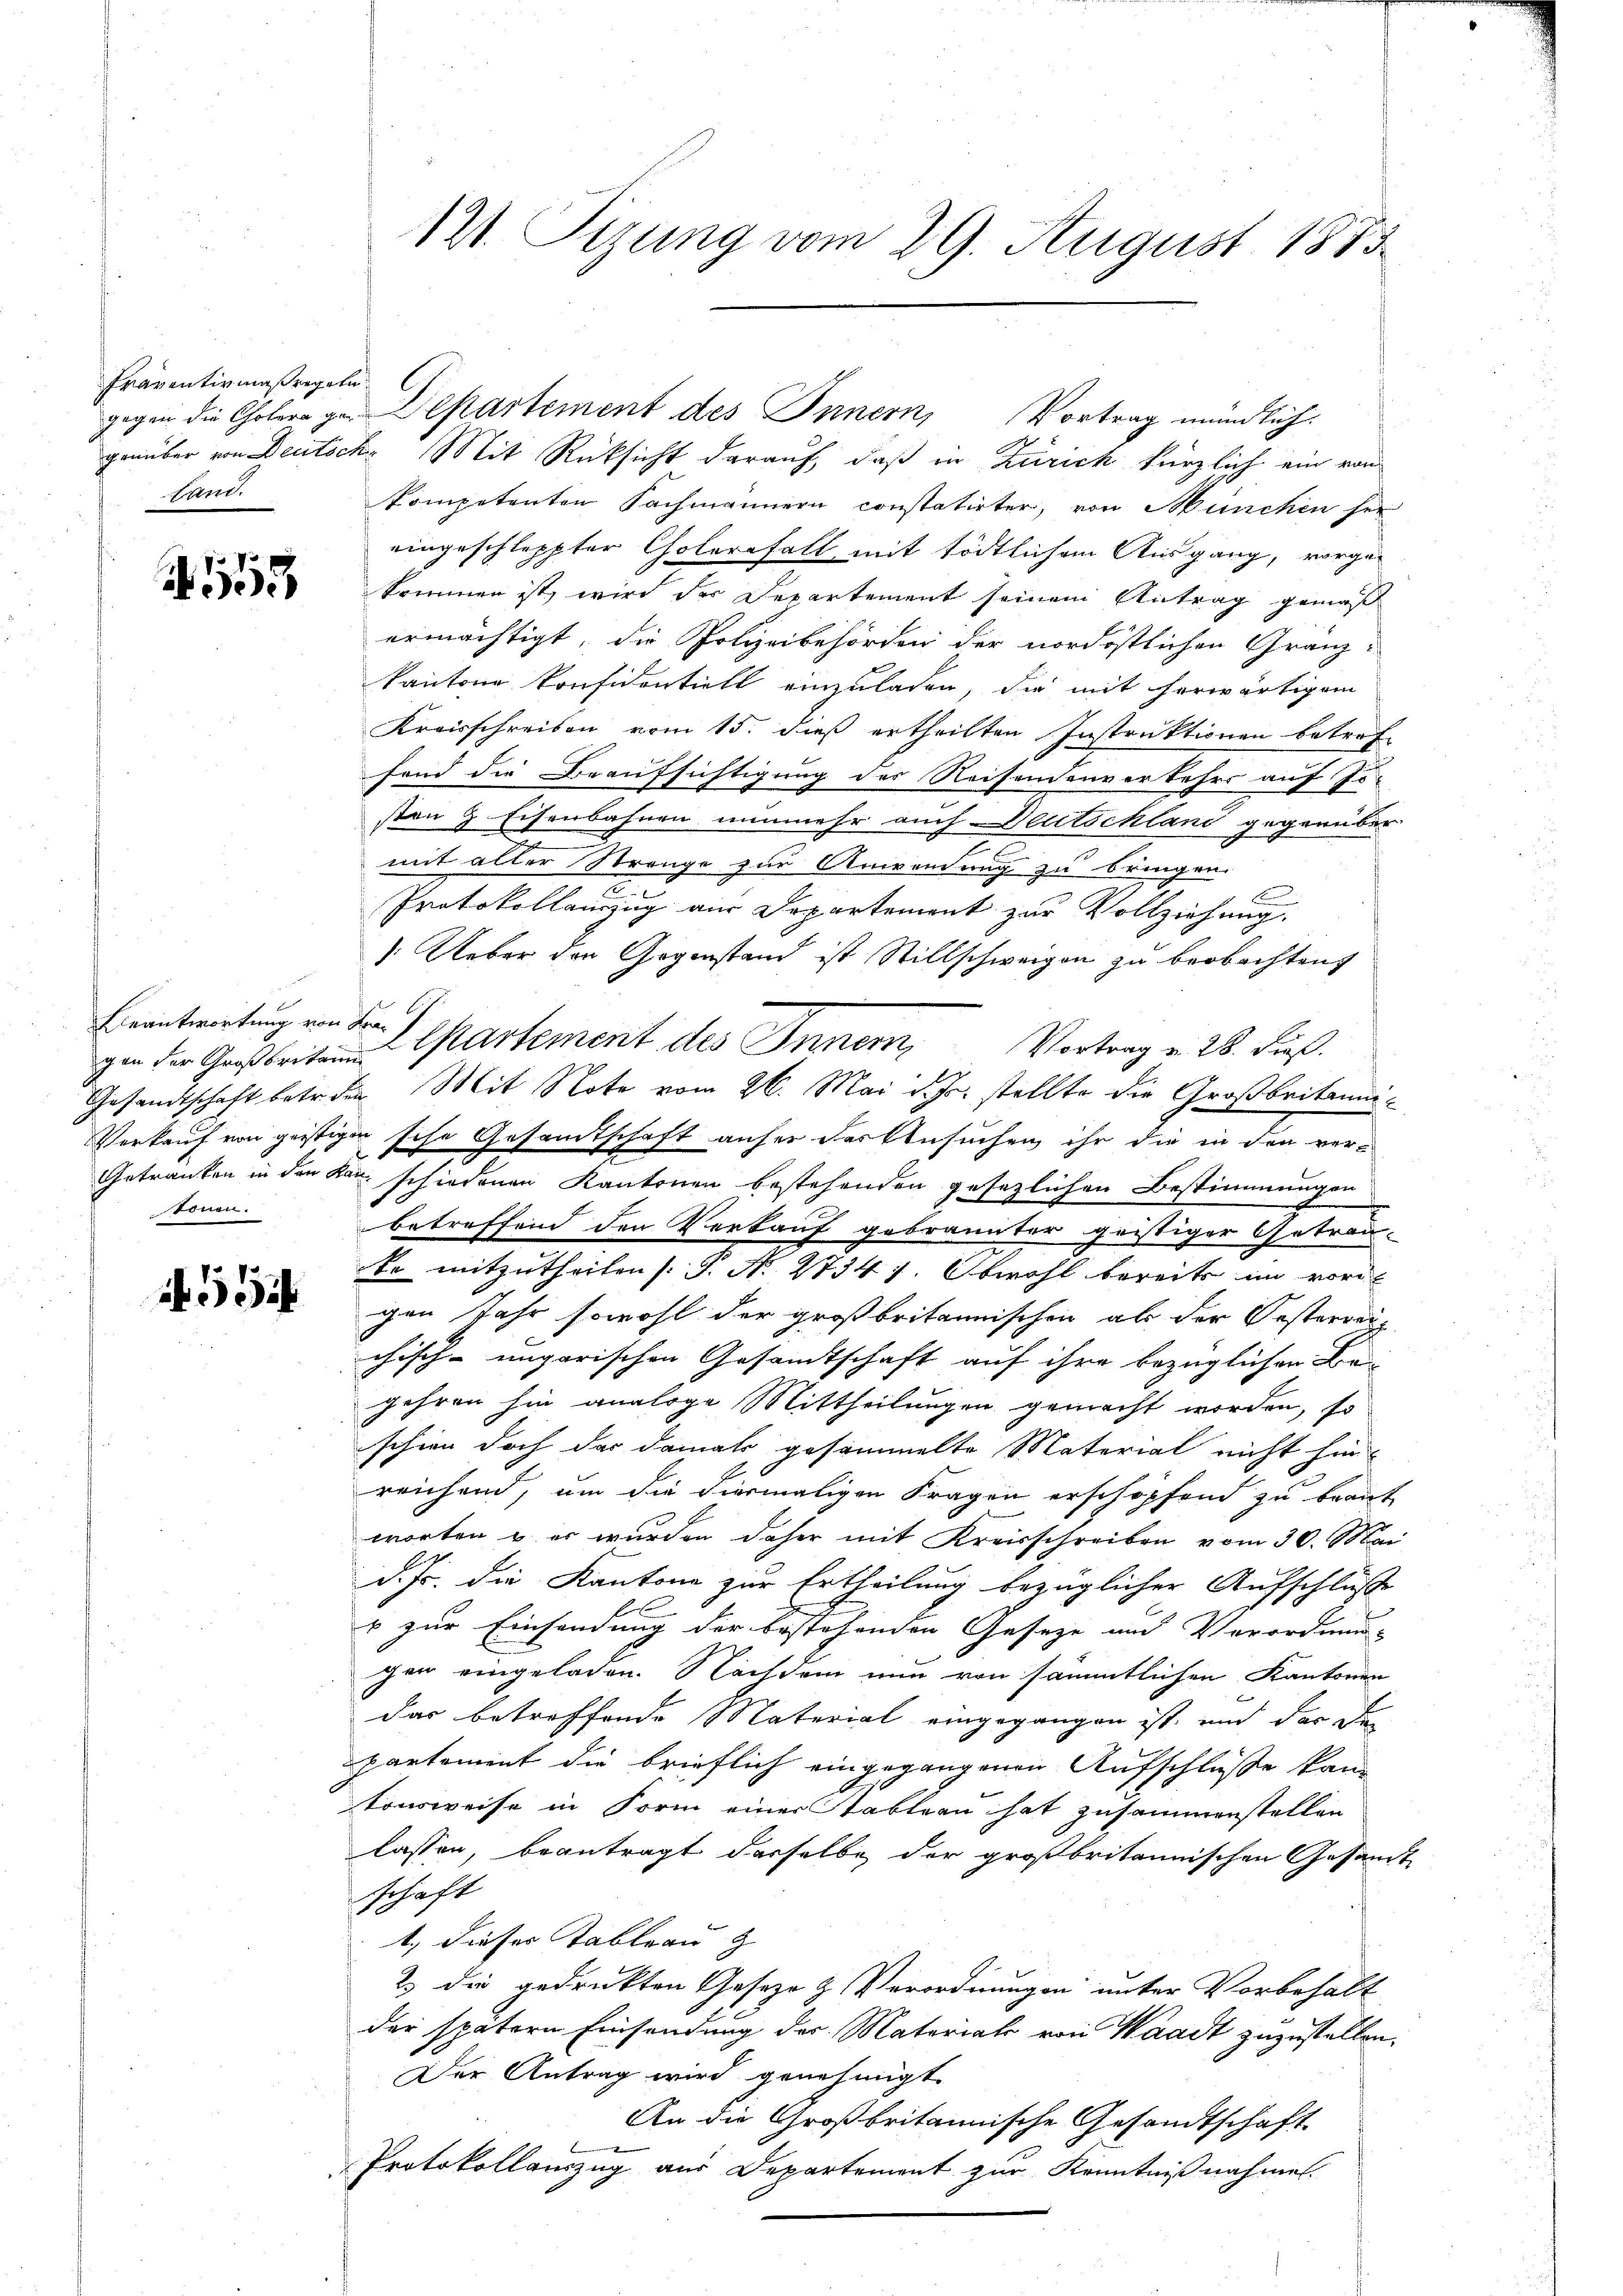
Präventivmaßregeta
Sert.

1113

Beantwortung von Fratönen.

55

gegen die Cholerage Departement des Innern, Vortrag mündlich.
genüber von Deutsche Mit Rücksicht darauf, daß in Zürich kürzlich ein von
kompetenten Sachmännern constatirter, von München her
eingeschleppter Cholernfall mit tödtlichem Ausgang, vorge-
kommen ist, wird der Departement seinem Antrag gemäß
ermächtigt, die Polizeibehörden der nordöstlichen Gränzkantone konfidentiell einzuladen, die mit herwärtigem
Kreisschreiben vom 15. dieß ertheilten Instruktionen betref
fond die Beaufsichtigung des Reisendenverkehrs auf Josten 3 Eisenbahnen nunmehr auch Deutschland gegenüber
mit aller Strange zur Anwendung zu bringen.

Protokollauszug aus Departement zur Vollziehung
Ueber den Gegenstand ist Stillschweigen zu beobachten
G
Gesandtschaft betr. den Mit Note vom 26. Mai d. Js. stellte die Großbritan¬
Verkauf von geistigen sche Gesamtschaft anser Ferkbesuchen ihr die in den ver¬
Getränken in den kan schiedenen Kantonen bestehenden gesezlichen Bestimmungen
betreffend den Verkauf gebrannter geistiger Getrau-
te mitzutheilen (: J. N. 2734 1. Obwohl bereits im vor
gen Jahr sowohl der großbritannischen als der Oesterreichisch-ungarischen Gesandtschaft auf ihre bezüglichen Be
gehren hin analoge Mittheilungen gemacht worden, so
schien doch das damals gesammelte Material nicht hin-
reichend, um die hiermaligen Fragen erschöpfend zu beant
worten u. er wurden daher mit Kreisschreiben vom 30. Mai
d. Js. die Kantone zur Ertheilung bezüglicher Aufschluße
& zur Einsendung der bestehenden Geseze und Verordnung
gen eingeladen. Nachdem nun von sämmtlichen Kantonen
das betreffende Material eingegangen ist, und der den
partement die brieflich eingegangenen Aufschlüße kan
tonsweise in Form einer Tableau hat zusammenstellen
lassen, beantragt derselbe der großbritannischen Gesandt
schaft
t. dieses Tableau z
2.) Die gedruckten Geseze & Verordnungen unter Vorbehält
der spätern Einsendung der Materiale von Waadt zuzustellen.
Der Antrag wird genehmigt.
An die Großbritannische Gesandtschaft.
Protokollauszug aus Departement zur Kenntnißnahmen.

121. Sizung vom 29. August 1883

zu der Großbeiten Cartement des Inner Vortrag v. 28. Fuß.